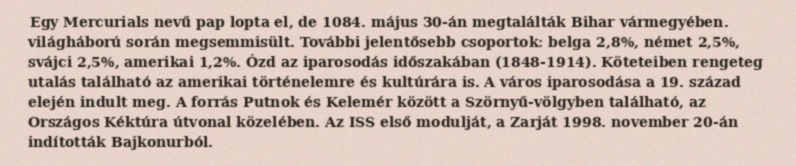
Egy Mercurials nevű pap lopta el, de 1084. május 30-án megtalálták Bihar vármegyében. világháború során megsemmisült. További jelentősebb csoportok: belga 2,8%, német 2,5%, svájci 2,5%, amerikai 1,2%. Ózd az iparosodás időszakában (1848-1914). Köteteiben rengeteg utalás található az amerikai történelemre és kultúrára is. A város iparosodása a 19. század elején indult meg. A forrás Putnok és Kelemér között a Szörnyű-völgyben található, az Országos Kéktúra útvonal közelében. Az ISS első modulját, a Zarját 1998. november 20-án indították Bajkonurból.